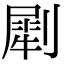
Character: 㓾